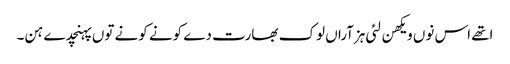
اتھے اس نوں ویکھن لئی ہزآراں لوک بھارت دے کونے کونے توں پہنچدے ہن۔